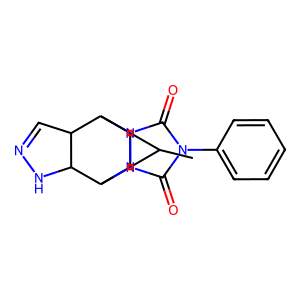
SMILES: CC1C2C1C1C3NN=CC3C2n2c(=O)n(-c3ccccc3)c(=O)n21
Inhibits HIV replication: No